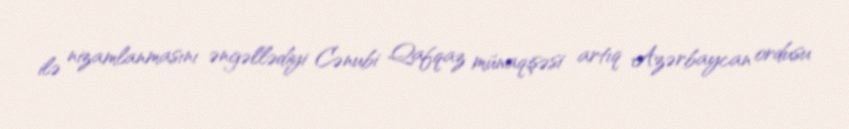
ilə nizamlanmasını əngəllədiyi Cənubi Qafqaz münaqişəsi artıq Azərbaycan ordusu